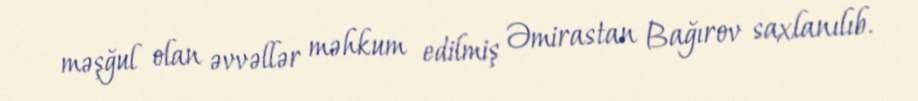
məşğul olan əvvəllər məhkum edilmiş Əmirastan Bağırov saxlanılıb.